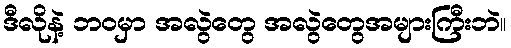
ဒီလိုနဲ့ ဘဝမှာ အလွဲတွေ အလွဲတွေအများကြီးဘဲ။